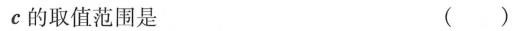
c$$的取值范围是 ()